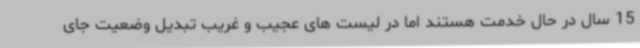
15 سال در حال خدمت هستند اما در لیست های عجیب و غریب تبدیل وضعیت جای